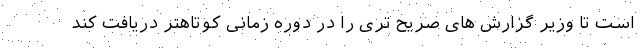
است تا وزیر گزارش های صریح تری را در دوره زمانی کوتاهتر دریافت کند